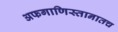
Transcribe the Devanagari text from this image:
अफगाणिस्तानातच